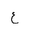
Letter: _ayn